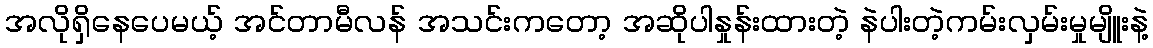
အလိုရှိနေပေမယ့် အင်တာမီလန် အသင်းကတော့ အဆိုပါနှုန်းထားတဲ့ နဲပါးတဲ့ကမ်းလှမ်းမှုမျိူးနဲ့